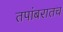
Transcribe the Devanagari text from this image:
तपांबरातच